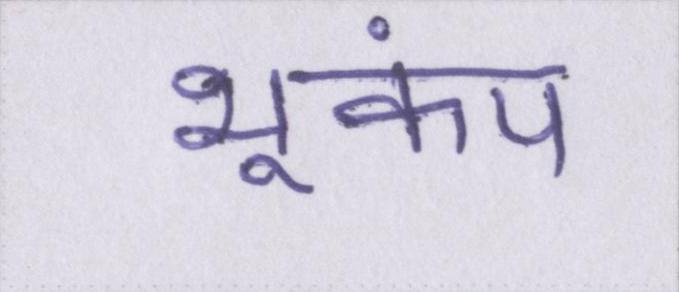
भूकंप